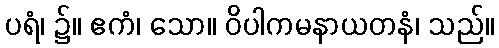
ပရံ၊ ၌။ ဧကံ၊ သော။ ဝိပါကမနာယတနံ၊ သည်။